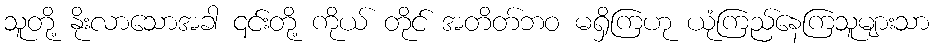
သူတို့ နိုးလာသောအခါ ၎င်းတို့ ကိုယ် တိုင် အတိတ်ဘဝ မရှိကြဟု ယုံကြည်နေကြသူများသာ